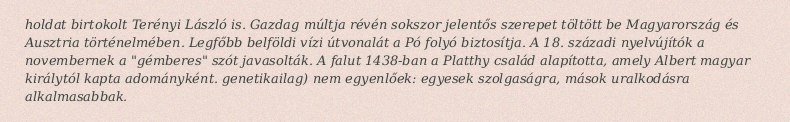
holdat birtokolt Terényi László is. Gazdag múltja révén sokszor jelentős szerepet töltött be Magyarország és Ausztria történelmében. Legfőbb belföldi vízi útvonalát a Pó folyó biztosítja. A 18. századi nyelvújítók a novembernek a "gémberes" szót javasolták. A falut 1438-ban a Platthy család alapította, amely Albert magyar királytól kapta adományként. genetikailag) nem egyenlőek: egyesek szolgaságra, mások uralkodásra alkalmasabbak.